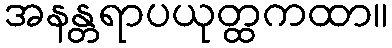
အနန္တရာပယုတ္ထကထာ။